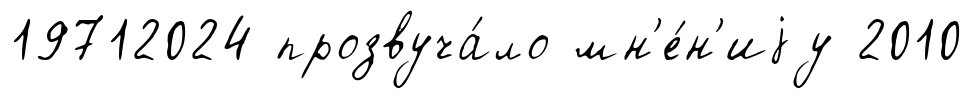
19712024 прозвуча́ло мн'е́н'иjу 2010